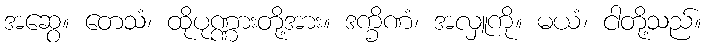
အဆွေ။ တေသံ၊ ထိုပုဏ္ဏားတို့အား။ ဒက္ခိဏံ၊ အလှူကို။ မယံ၊ ငါတို့သည်။